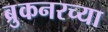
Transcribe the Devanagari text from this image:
ब्रुकनरच्या